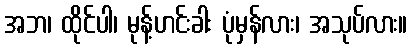
အဘ၊ ထိုင်ပါ၊ မုန့်ဟင်းခါး ပုံမှန်လား၊ အသုပ်လား။